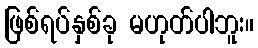
ဖြစ်ရပ်နှစ်ခု မဟုတ်ပါဘူး။